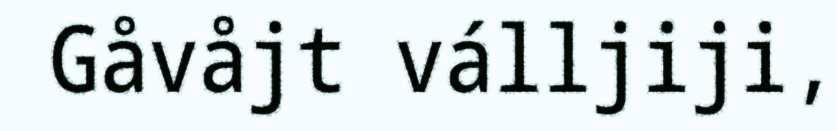
Gåvåjt válljiji,